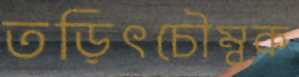
তড়িৎচৌম্বক